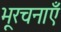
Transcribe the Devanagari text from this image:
भूरचनाएँ